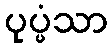
ပုပ္ဖံသာ